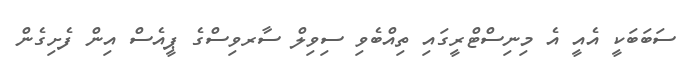
ސަބަބަކީ އެއީ އެ މިނިސްޓްރީގައި ތިއްބެވި ސިވިލް ސާރވިސްގެ ޕީއެސް އިން ފެށިގެން